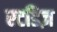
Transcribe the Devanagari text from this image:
स्टडिज़